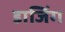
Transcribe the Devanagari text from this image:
डाजिंग